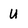
Character: U